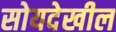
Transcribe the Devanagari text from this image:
सोयदेखील